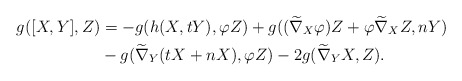
\begin{align*}g([X,Y], Z) &=-g(h(X,tY), \varphi Z)+g((\widetilde\nabla_{X}\varphi) Z+\varphi\widetilde\nabla_{X}Z, nY) \\ &-g(\widetilde\nabla_{Y}(tX+nX), \varphi Z)-2g(\widetilde\nabla_{Y}X, Z).\end{align*}